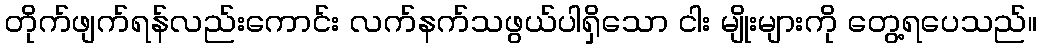
တိုက်ဖျက်ရန်လည်းကောင်း လက်နက်သဖွယ်ပါရှိသော ငါး မျိုးများကို တွေ့ရပေသည်။